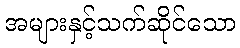
အများနှင့်သက်ဆိုင်သော